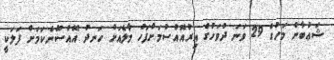
ޝަޢުބާން މަހުގެ 29 ވަނަ ދުވަހުގެ އިރުއޮއްސުމަށްފަހު މާލެއަށް ހަނދު އޮއްސޭނެކަމަށް ފަލަކީ